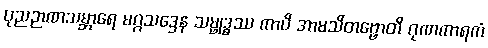
ပုညဉာဏသမ္ဘာရေ မဂ္ဂသဒ္ဒေန သမ္ဗုဒ္ဓဿ ကာပိ အာမသိတဗ္ဗောတိ ဂုဏကာရကံ